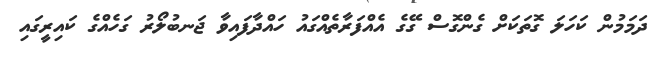
ދަމަމުން ކަހަލަ ގޮތަކަށް ގެންގޮސް ގޭގެ އެއްފަރާތެއްގައު ހައްދާފައިވާ ޖަނބުލޯރު ގަހެއްގެ ކައިރީގައި